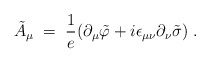
\begin{align*}{\tilde A}_\mu \;=\; \frac{1}{e} ( \partial_\mu {\tilde \varphi} + i \epsilon_{\mu \nu} \partial_\nu {\tilde \sigma}) \;.\end{align*}